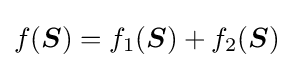
f({\boldsymbol {S}})=f_{1}({\boldsymbol {S}})+f_{2}({\boldsymbol {S}})